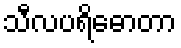
သီလပရိဓောတာ